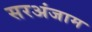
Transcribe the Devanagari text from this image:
सरअंजाम